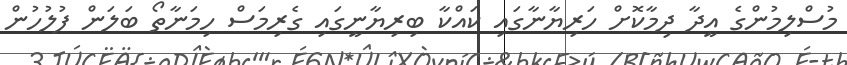
މުސްލިމުންގެ އީދާ ދިމާކޮށް ހަރިޔާނާގައި ކައްކާ ބިރިޔާނީގައި ގެރިމަސް ހިމަނާތޯ ބަލަން ފުލުހުން